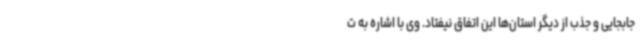
جابجایی و جذب از دیگر استان‌ها این اتفاق نیفتاد. وی با اشاره به ت